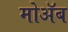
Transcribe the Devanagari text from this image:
मोॲब